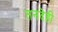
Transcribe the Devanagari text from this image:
तनदेही